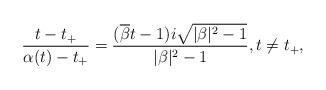
LaTeX: \begin{align*} \frac{t-t_+}{\alpha(t)-t_+}= \frac{(\overline{\beta}t-1)i \sqrt{|\beta|^2-1}}{|\beta|^2-1}, t\neq t_+, \end{align*}